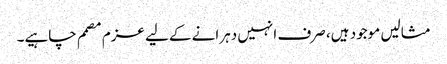
مثالیں موجود ہیں، صرف انہیں دہرانے کےلیے عزم مصمم چاہیے۔